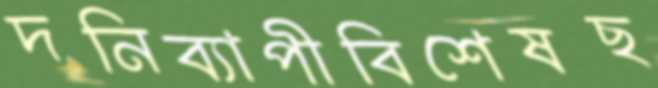
দনিব্যাপীবিশেষছ